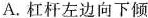
A.杠杆左边向下倾